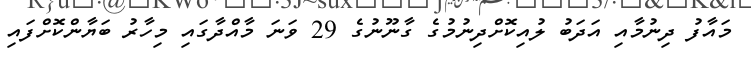
މައާފު ދިނުމާއި އަދަބު ލުއިކޮށްދިނުމުގެ ގާނޫނުގެ 29 ވަނަ މާއްދާގައި މިހާރު ބަޔާންކޮށްފައި